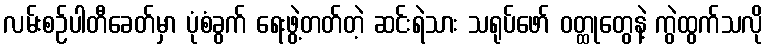
လမ်းစဉ်ပါတီခေတ်မှာ ပုံစံခွက် ရေးဖွဲ့တတ်တဲ့ ဆင်းရဲသား သရုပ်ဖော် ဝတ္ထုတွေနဲ့ ကွဲထွက်သလို